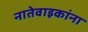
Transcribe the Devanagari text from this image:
नातेवाइकांना